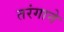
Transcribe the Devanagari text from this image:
तरंगाने